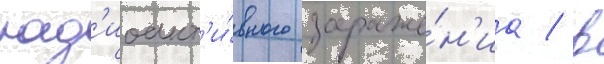
рад'иоакт'и́вного зараже́н'иа / в